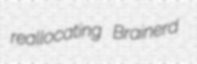
reallocating Brainerd